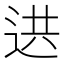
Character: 𨒱